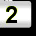
Digit: 2